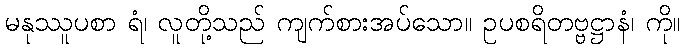
မနုဿူပစာ ရံ၊ လူတို့သည် ကျက်စားအပ်သော။ ဥပစရိတဗ္ဗဋ္ဌာနံ၊ ကို။